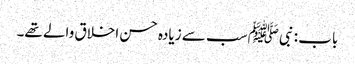
باب : نبیﷺ سب سے زیادہ حسن اخلاق والے تھے۔